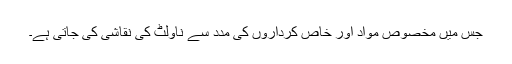
جس میں مخصوص مواد اور خاص کرداروں کی مدد سے ناولٹ کی نقاشی کی جاتی ہے۔